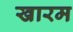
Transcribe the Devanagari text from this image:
खारम